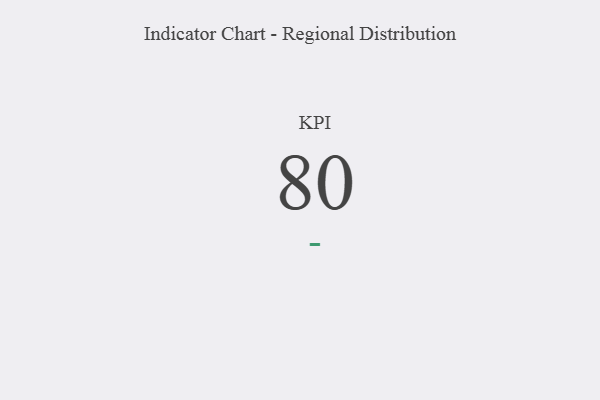
{"axis": {"x": "KPI", "y": "Value"}, "legend": [""], "data": [{"x": "KPI", "y": 80, "type": ""}]}